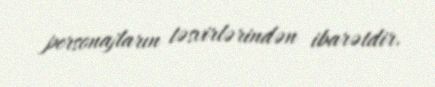
personajların təsvirlərindən ibarətdir.